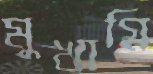
মুখাগ্নি